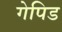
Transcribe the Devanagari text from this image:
गेपिड